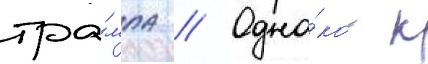
тра́мпа // Одна́ко к